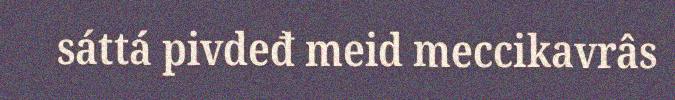
sáttá pivdeđ meid meccikavrâs